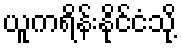
ယူကရိန်းနိုင်ငံသို့